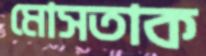
মোসতাক